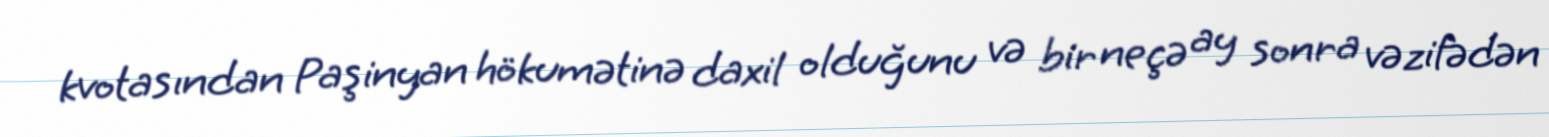
kvotasından Paşinyan hökumətinə daxil olduğunu və bir neçə ay sonra vəzifədən